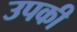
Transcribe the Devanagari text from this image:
उपकी